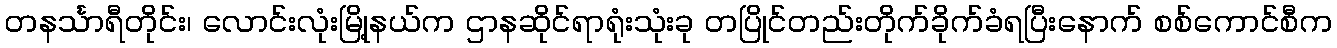
တနင်္သာရီတိုင်း၊ လောင်းလုံးမြို့နယ်က ဌာနဆိုင်ရာရုံးသုံးခု တပြိုင်တည်းတိုက်ခိုက်ခံရပြီးနောက် စစ်ကောင်စီက